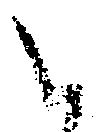
以